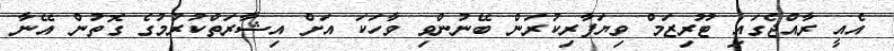
އެއީ ރާއްޖެގައި ޓޫރިޒަމް ވިޔަފާރިކުރަން ބޭނުންވި ވާހަކަ އަށް އިޝާރަތްކުރުމުގެ ގޮތުން އޭނާ